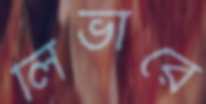
লিভারে